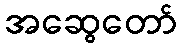
အဆွေတော်